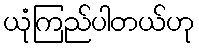
ယုံကြည်ပါတယ်ဟု